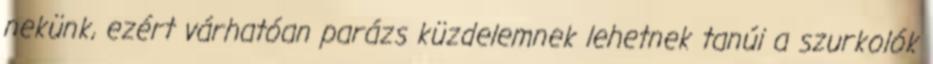
nekünk, ezért várhatóan parázs küzdelemnek lehetnek tanúi a szurkolók